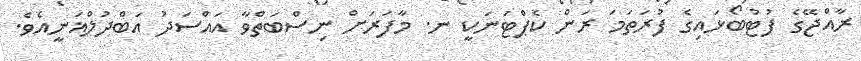
ރާއްޖޭގެ ފުޓުބޯޅައިގެ ފުރަތަމަ ރަން ކެޕްޓަނަކީ ނ. މާފަރަށް ނިސްބަތްވާ އައްސަދު އަބްދުލްޣަނީއެވެ.